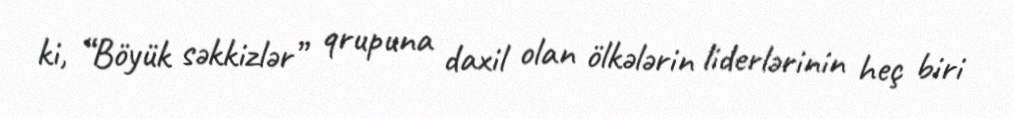
ki, “Böyük səkkizlər” qrupuna daxil olan ölkələrin liderlərinin heç biri